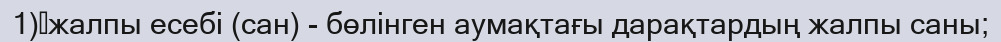
1)	жалпы есебі (сан) - бөлінген аумақтағы дарақтардың жалпы саны;